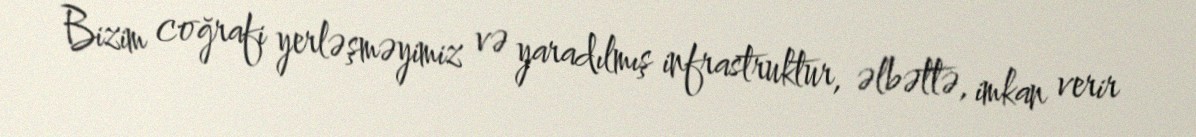
Bizim coğrafi yerləşməyimiz və yaradılmış infrastruktur, əlbəttə, imkan verir